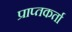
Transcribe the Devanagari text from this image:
प्राप्‍तकर्ता